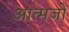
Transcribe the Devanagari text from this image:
आत्मजों